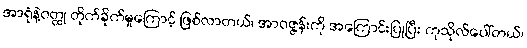
အာရုံနဲ့ဝတ္ထု တိုက်ခိုက်မှုကြောင့် ဖြစ်လာတယ်၊ အာဝဇ္ဇန်းကို အကြောင်းပြုပြီး ကုသိုလ်ပေါ်တယ်၊